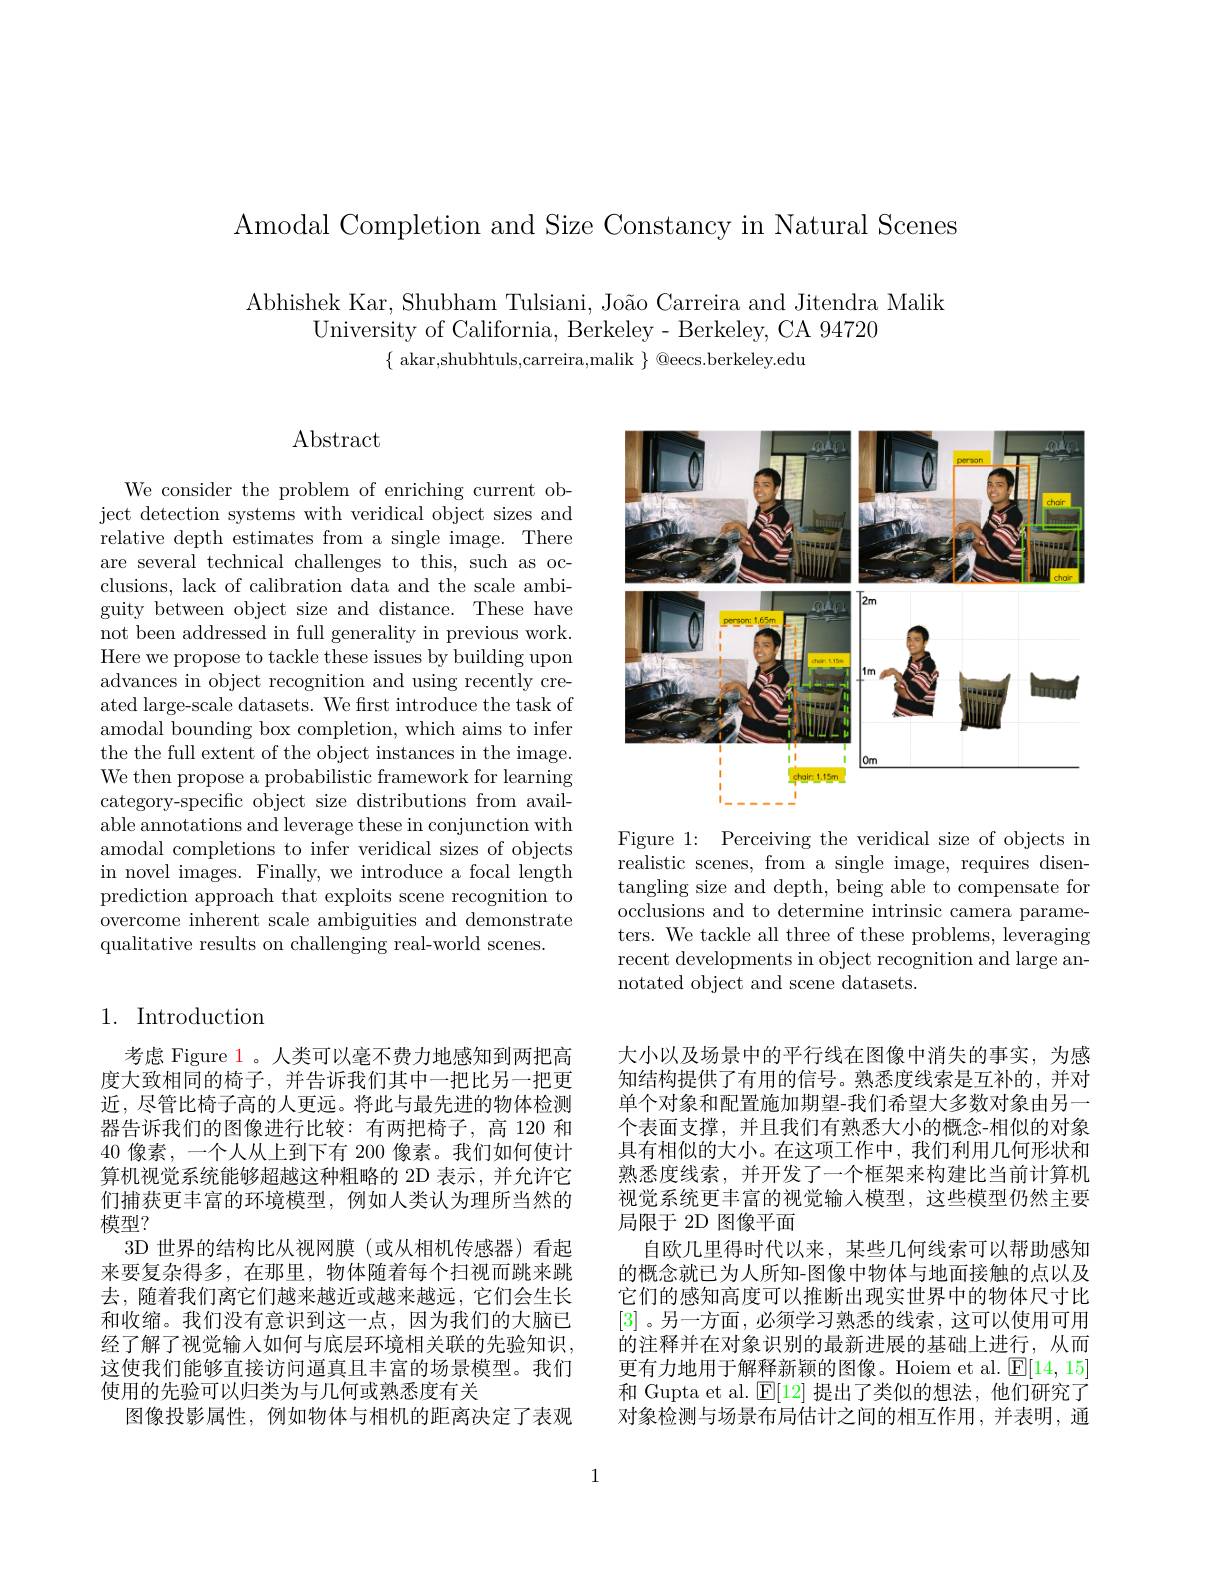
Amodal Completion and Size Constancy in Natural Scenes

Abhishek Kar, Shubham Tulsiani, João Carreira and Jitendra Malik
University of California, Berkeley- Berkeley, CA 94720
$\{$ akar,shubhtuls,carreira,malik $\}$ @eecs.berkeley.edu

# $\operatorname{Abstract}$

We consider the problem of enriching current object detection systems with veridical object sizes and relative depth estimates from a single image. There are several technical challenges to this, such as occlusions, lack of calibration data and the scale ambiguity between object size and distance. These have not been addressed in full generality in previous work. Here we propose to tackle these issues by building upon advances in object recognition and using recently created large-scale datasets. We frst introduce the task of amodal bounding box completion, which aims to infer the the full extent of the object instances in the image. We then propose a probabilistic framework for learning category-specific object size distributions from available annotations and leverage these in conjunction with amodal completions to infer veridical sizes of objects in novel images. Finally, we introduce a focal length prediction approach that exploits scene recognition to overcome inherent scale ambiguities and demonstrate qualitative results on challenging real-world scenes.

## 1. Introduction

考虑 Figure 1。人类可以毫不费力地感知到两把高度大致相同的椅子，并告诉我们其中一把比另一把更近，尽管比椅子高的人更远。将此与最先进的物体检测器告诉我们的图像进行比较：有两把椅子，高 120 和40 像素，一个人从上到下有 200 像素。我们如何使计算机视觉系统能够超越这种粗略的 2D 表示，并允许它们捕获更丰富的环境模型，例如人类认为理所当然的模型？
3D 世界的结构比从视网膜(或从相机传感器)看起来要复杂得多，在那里，物体随着每个扫视而跳来跳去，随着我们离它们越来越近或越来越远，它们会生长和收缩。我们没有意识到这一点，因为我们的大脑已经了解了视觉输入如何与底层环境相关联的先验知识， 这使我们能够直接访问逼真且丰富的场景模型。我们使用的先验可以归类为与几何或熟悉度有关
图像投影属性，例如物体与相机的距离决定了表观

<FigureHere>

Figure 1: Perceiving the veridical size of objects in realistic scenes, from a single image, requires disentangling size and depth, being able to compensate for occlusions and to determine intrinsic camera parameters. We tackle all three of these problems, leveraging recent developments in object recognition and large annotated object and scene datasets.

大小以及场景中的平行线在图像中消失的事实，为感知结构提供了有用的信号。熟悉度线索是互补的，并对单个对象和配置施加期望-我们希望大多数对象由另一个表面支撑，并且我们有熟悉大小的概念-相似的对象具有相似的大小。在这项工作中，我们利用几何形状和熟悉度线索，并开发了一个框架来构建比当前计算机视觉系统更丰富的视觉输入模型，这些模型仍然主要局限于 2D 图像平面
自欧几里得时代以来，某些几何线索可以帮助感知的概念就已为人所知-图像中物体与地面接触的点以及它们的感知高度可以推断出现实世界中的物体尺寸比[3] 。另一方面，必须学习熟悉的线索 , 这可以使用可用的注释并在对象识别的最新进展的基础上进行，从而更有力地用于解释新颖的图像。Hoiem et al. $\mathbb{E}[14,15]$ 和 Gupta et al. $\operatorname{E}[12]$提出了类似的想法，他们研究了对象检测与场景布局估计之间的相互作用，并表明，通

1